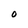
Character: O